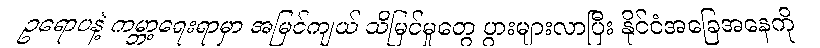
ဥရောပနဲ့ ကမ္ဘာ့ရေးရာမှာ အမြင်ကျယ် သိမြင်မှုတွေ ပွားများလာပြီး နိုင်ငံအခြေအနေကို